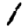
Digit: 1